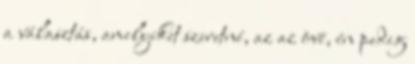
a választás, amelyiket szeretné, az az övé, én pedig